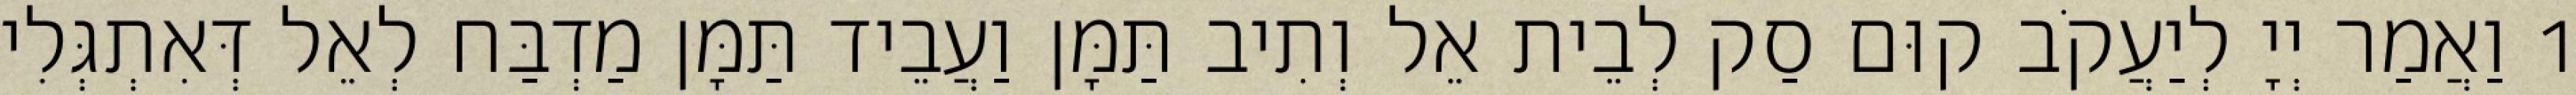
1 וַאֲמַר יְיָ לְיַעֲקֹב קוּם סַק לְבֵית אֵל וְתִיב תַּמָּן וַעֲבֵיד תַּמָּן מַדְבַּח לְאֵל דְּאִתְגְּלִי